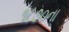
૧૮૭૦ના